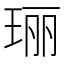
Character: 𮴠